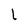
Character: L